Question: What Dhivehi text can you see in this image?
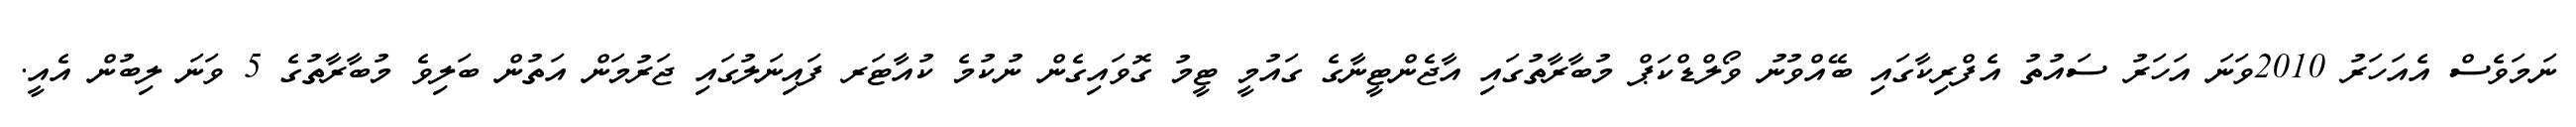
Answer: ނަމަވެސް އެއަހަރު 2010ވަނަ އަހަރު ސައުތު އެފްރިކާގައި ބޭއްވުނު ވޯލްޑްކަޕް މުބާރާތުގައި އާޖެންޓީނާގެ ގައުމީ ޓީމު ގޮވައިގެން ނުކުމެ ކުއާޓަރ ފައިނަލުގައި ޖަރުމަން އަތުން ބަލިވެ މުބާރާތުގެ 5 ވަނަ ލިބުން އެއީ.